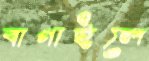
বাগাইলে